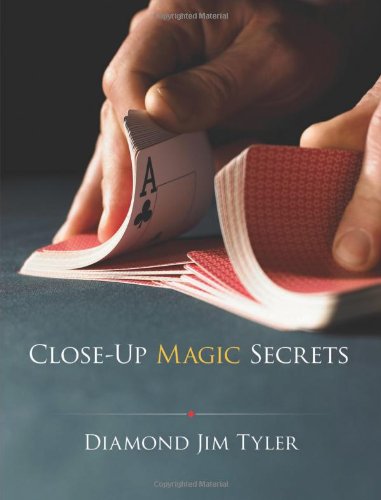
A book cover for Close-Up Magic Secrets (Dover Magic Books); Jim Tyler; Humor & Entertainment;